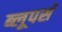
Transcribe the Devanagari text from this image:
ब्लूपर्स